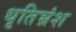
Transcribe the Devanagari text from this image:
धृतिभ्रंश